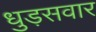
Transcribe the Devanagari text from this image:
धुड़सवार